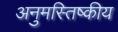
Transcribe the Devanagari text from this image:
अनुमस्तिष्‍कीय